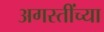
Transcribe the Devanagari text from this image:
अगस्तींच्या